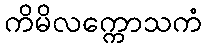
ကိမိလက္ကောသကံ